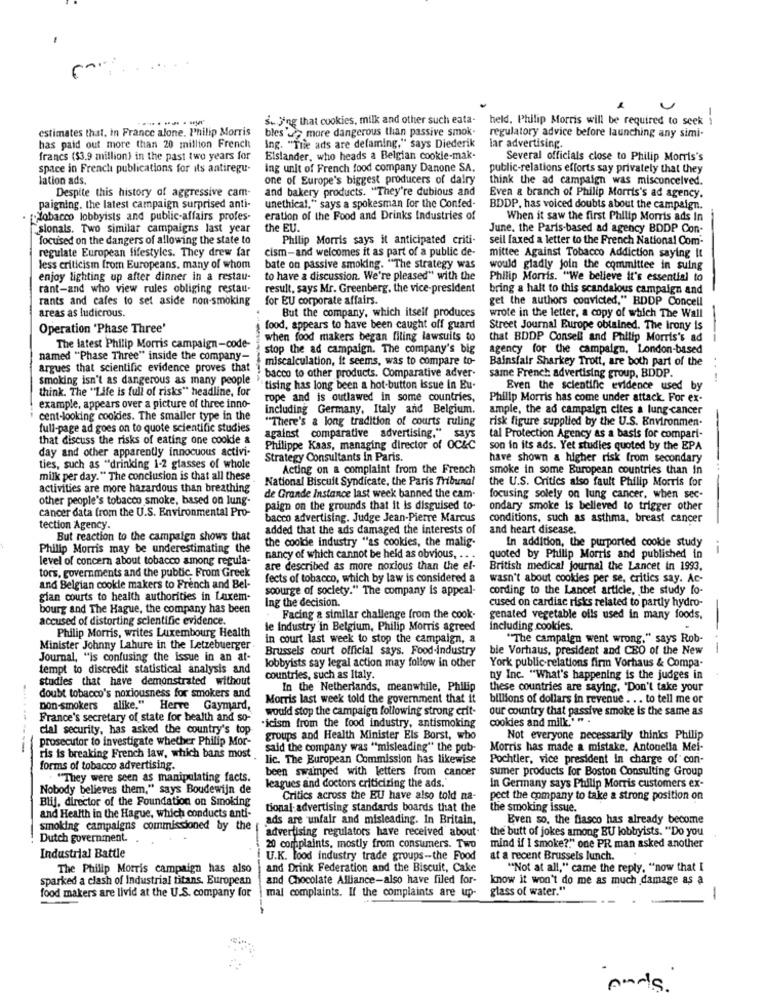
s. Ing that cookies, milk and other such eata-
held, Philip Morris will be required to seek
--
estimates that, in France alone. Philip Morris
bles'd> more dangerous than passive smok-
regulatory advice before launching any simi-
has paid out more than 20 million French
Ing. "The ads are defaming," says Diederik
lar advertising.
francs ($3.9 million) in the past two years for
Elslander, who heads a Belgian cookie-mak-
Several officials close to Philip Morris's
space in French publications for its antiregu-
ing unit of French food company Danone SA.
public-relations efforts say privately that they
lation ads.
one of Europe's biggest producers of dairy
think the ad campaign was misconceived.
Despite this history of aggressive cam-
and bakery products. "They're dubious and
Even & branch of Philip Morris's ad agency.
paigning. the latest campaign surprised anti-
unethical," says a spokesman for the Confed-
BDDP, has voiced doubts about the campaign ..
Jobacco lobbyists and public-affairs profes-
eration of the Food and Drinks Industries of
When it saw the first Philip Morris ads In
sionals. Two similar campaigns last year
the EU.
June. the Paris-based ad agency BDDP Con-
focused on the dangers of allowing the state to
Philip Morris says it anticipated criti-
seil faxed a letter to the French National Com-
regulate European fifestyles. They drew far
cism-and welcomes it as part of a public de-
mittee Against Tobacco Addiction saying It
less criticism from Europeans. many of whom
bate on passive smoking. "The strategy was
would gladly join the committee in suing
enjoy lighting up after dinner in a restau-
to have a discussion. We're pleased" with the
Philip Morris. "We believe it's essential to
rant-and who view rules obliging restau-
result, says Mr. Greenberg, the vice-president
bring a halt to this scandalous campaign and
rants and cafes to set aside non-smoking for EU corporate affairs.
get the authors convicted," BDDP Concell
areas as ludicrous.
But the company, which itself produces
wrote in the letter, a copy of which The Wall
Operation 'Phase Three'
food, appears to have been caught off guard
Street Journal Europe obtained. The irony is
when food makers began filing lawsuits to
that BDDP Consell and Philip Morris's ad
---
The latest Philip Morris campaign-code-
stop the ad campaign. The company's big
agency for the campaign, London-based
named "Phase Three" inside the company-
miscalculation, it seems, was to compare to-
Bainsfair Sharkey Trott, are both part of the
argues that scientific evidence proves that
bacco to other products. Comparative adver-
smoking isn't as dangerous as many people
same French advertising group, BDDP.
think. The "Life is full of risks" headline, for
tising has long been a hot-button issue in Eu-
Even the scientific evidence used by
rope and is outlawed in some countries,
Philip Morris has come under attack. For ex-
example, appears over a picture of three inno-
including Germany, Italy and Belgium.
ample, the ad campaign cites a lung cancer
cent-looking cooldes. The smaller type in the
"There's a long tradition of courts ruling
risk figure supplied by the U.S. Environmen-
full-page ad goes on to quote scientific studies
that discuss the risks of eating one cookie &
against comparative advertising." says
tal Protection Agency as a basis for compari-
day and other apparently innocuous activi-
Philippe Kaas, managing director of OC&C
son in its ads. Yet studies quoted by the EPA
Strategy Consultants in Paris
have shown a higher risk from secondary
ties, such as "drinking 1-2 glasses of whole
Acting on a complaint from the French
smoke in some European countries than in
milk per day." The conclusion is that all these
National Biscuit Syndicate, the Paris Tribunal
the U.S. Critics also fault Philip Morris for
activities are more hazardous than breathing
other people's tobacco smoke, based on lung-
de Grande Instance last week banned the cam-
focusing solely on lung cancer, when sec-
cancer data from the U.S. Environmental Pro-
paign on the grounds that it is disguised to-
ondary smoke is believed to trigger other
bacco advertising. Judge Jean-Pierre Marcus
conditions, such as asthma, breast cancer
tection Agency.
added that the ads damaged the interests of
and heart disease.
But reaction to the campaign shows that
the coolde industry "as cookies, the malig-
Philip Morris may be underestimating the
In addition, the purported cookie study
--
level of concern about tobacco among regula-
nancy of which cannot be held as obvious. .. .
quoted by Philip Morris and published in
tors, governments and the public. From Greek
are described as more noxious than the ef-
British medical journal the Lancet in 1993.
fects of tobacco, which by law is considered a
wasn't about cookies per se, critics say. Ac-
and Belgian cookle makers to French and Bel-
soourge of society." The company is appeal-
cording to the Lancet article, the study fo-
gian courts to health authorities in Laxem-
cused on cardiac risks related to partly hydro-
bourg and The Hague, the company has been
Ing the decision.
accused of distorting scientific evidence.
Facing & similar challenge from the cook-
genated vegetable oils used in many foods.
le Industry'in Belgium, Philip Morris agreed
including cookies.
Philip Morris, writes Luxembourg Health
in court last week to stop the campaign, a
"The campaign went wrong," says Rob-
Minister Johnny Lahure in the Letzebuerger
Brussels court official says. Food-Industry
bie Vorhaus, president and CEO of the New
---
Journal, "is confusing the issue in an at-
York public-relations firm Vorhaus & Compa-
tempt to discredit statistical analysis and
lobbyists say legal action may follow in other
studies that have demonstrated without
countries, such as Italy.
ny Inc. "What's happening is the judges in
In the Netherlands, meanwhile, Philip
these countries are saying, "Don't take your
doubt tobacco's noxiousness for smokers and
Morris last week told the government that it
billions of dollars in revenue . . . to tell me or
non-smokers alike," Herve Gaymard,
would stop the campaign following strong erit-
our country that passive smoke is the same as
France's secretary of state for health and so-
cookies and milk." " .
clal security, has asked the country's top
.icism from the food industry, antismoking
prosecutor to investigate whether Philip Mor-
groups and Health Minister Els Borst, who
Not everyone necessarily thinks Philip
said the company was "misleading" the pub-
Morris has made a mistake. Antonella Mei-
ris is breaking French law, which bans most
lic. The European Commission has likewise
Pochtier, vice president In charge of con-
forms of tobacco advertising.
been swamped with letters from cancer
sumer products for Boston Consulting Group
"They were seen as manipulating facts.
Nobody believes them," says Boudewijn de
leagues and doctors criticizing the ads."
in Germany says Philip Morris customers ex-
Blij, director of the Foundation on Smoking
Critics across the EU have also told na-
pect the company to take a strong position on
tional-advertising standards boards that the
the smoking issue.
and Health in the Hague, which conducts anti-
ads are unfair and misleading. In Britain,
Even so. the fiasco has already become
smoking campaigns commissioned by the
advertising regulators have received about
the butt of jokes among BU lobbyists. "Do you
Dutch government.
20 complaints, mostly from consumers. Two
mind if I smoke ?. " one PR man asked another
Industrial Battle
U.K. food industry trade groups -- the Food
at a recent Brussels lunch.
The Philip Morris campaign has also
and Drink Federation and the Biscuit, Cake
"Not at all," came the reply. "now that I
sparked a clash of Industrial titans. European
and Chocolate Alliance-also have filed for-
know it won't do me as much damage as a
food makers are livid at the U.S. company for
mal complaints. If the complaints are up-
glass of water."
-
mads .